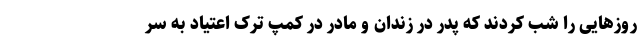
روزهایی را شب کردند که پدر در زندان و مادر در کمپ ترک اعتیاد به سر